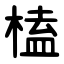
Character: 榼